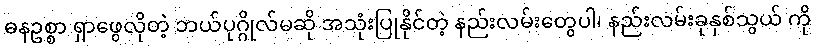
ဓနဥစ္စာ ရှာဖွေလိုတဲ့ ဘယ်ပုဂ္ဂိုလ်မဆို အသုံးပြုနိုင်တဲ့ နည်းလမ်းတွေပါ၊ နည်းလမ်းခုနှစ်သွယ် ကို